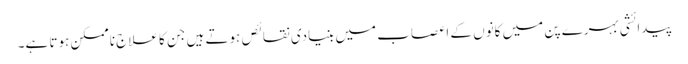
پیدائشی بہرے پن میں کانوں کے اعصاب میں بنیادی نقائص ہوتے ہیں جن کا علاج ناممکن ہوتا ہے۔